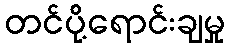
တင်ပို့ရောင်းချမှု